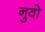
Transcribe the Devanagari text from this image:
नुवो